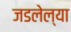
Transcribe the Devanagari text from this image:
जडलेल्या